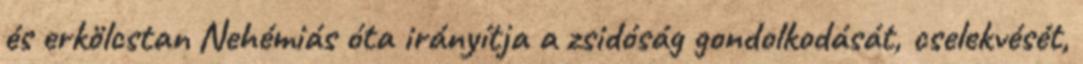
és erkölcstan Nehémiás óta irányítja a zsidóság gondolkodását, cselekvését,